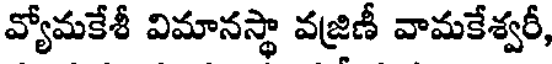
వ్యోమకేశీ విమానస్థా వజ్రిణీ వామకేశ్వరీ,